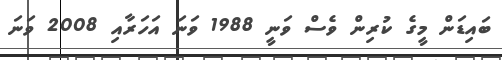
ބައިޑަން މީގެ ކުރިން ވެސް ވަނީ 1988 ވަނަ އަހަރާއި 2008 ވަނަ